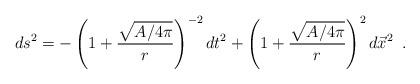
LaTeX: \begin{align*}ds^2 =- \left (1+ {\sqrt {A / 4 \pi }\over r}\right)^{-2} dt^2 + \left (1+{\sqrt {A / 4 \pi }\over r}\right)^{2} d\vec x^2 \;\;.\end{align*}